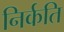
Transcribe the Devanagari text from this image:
निर्कति